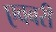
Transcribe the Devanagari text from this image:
एवबरी